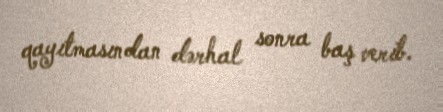
qayıtmasından dərhal sonra baş verib.